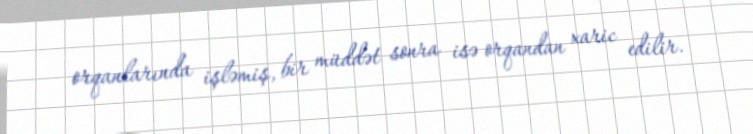
orqanlarında işləmiş, bir müddət sonra isə orqandan xaric edilir.